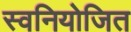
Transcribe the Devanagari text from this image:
स्वनियोजित